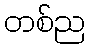
တစ်ည